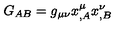
G _ { A B } = g _ { \mu \nu } x _ { , A } ^ { \mu } x _ { , B } ^ { \nu }